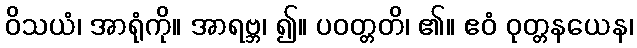
ဝိသယံ၊ အာရုံကို။ အာရဗ္ဘ၊ ၍။ ပဝတ္တတိ၊ ၏။ ဧဝံ ဝုတ္တနယေန၊